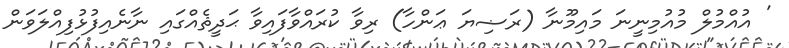
' އުއްމުލް މުއުމިނީނަ މައިމޫނާ (ރަޟިޔަ ޢަންހާ) ރިވާ ކުރައްވާފައިވާ ޙަދީޘެއްގައި ނާނެއިފުޅުފިއްލަވަން